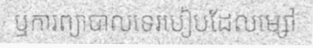
ឬការព្យាបាលទេរបៀបដែលម្សៅ